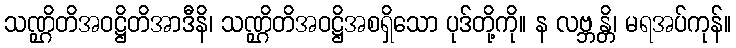
သဏ္ဌိတိအဝဋ္ဌိတိအာဒီနိ၊ သဏ္ဌိတိအဝဋ္ဌိအစရှိသော ပုဒ်တို့ကို။ န လဗ္ဘန္တိ၊ မရအပ်ကုန်။